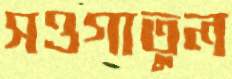
সওগাতুল